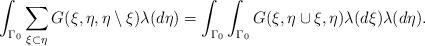
LaTeX: \begin{align*} \int_{\Gamma_0} \sum_{\xi \subset \eta} G(\xi, \eta, \eta \setminus \xi) \lambda ( d\eta)= \int_{\Gamma_0} \int_{\Gamma_0} G(\xi, \eta\cup \xi, \eta) \lambda ( d\xi) \lambda ( d\eta).\end{align*}